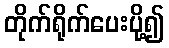
တိုက်ရိုက်ပေးပို့၍